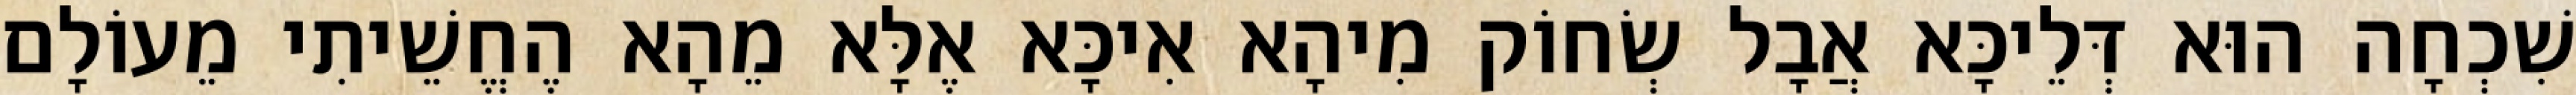
שִׁכְחָה הוּא דְּלֵיכָּא אֲבָל שְׂחוֹק מִיהָא אִיכָּא אֶלָּא מֵהָא הֶחֱשֵׁיתִי מֵעוֹלָם